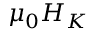
{ \mu } _ { 0 } H _ { { K } }